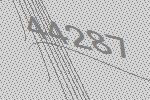
44287